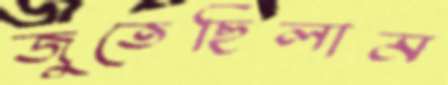
জুতেছিলাম